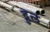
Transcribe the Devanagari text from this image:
द्रुल